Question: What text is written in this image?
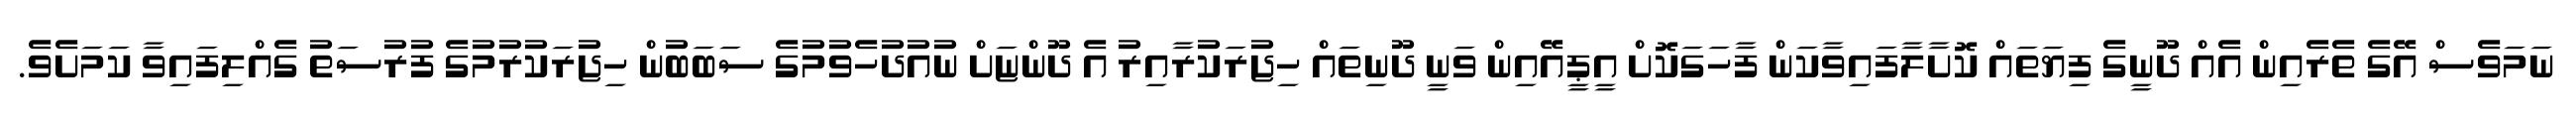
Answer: ނަމަވެސް އޭގެ ތެރެއިން އެއް ދޫނީގެ ފިޔަތައް ކޮށާލާފައިވާކަން ފާހަގަކޮށް އީޕީއޭއިން ވަނީ ދޫނިތައް ހިޖުރަކުރާއިރު އެ ދޫންޏަށް ނުއުދުހެވުމުގެ ސަބަބުން ހިޖުރަކުރުމުގެ ފުރުސަތު ގެއްލިފައިވާ ކަމަށެވެ.